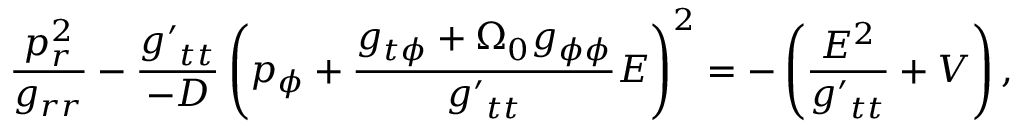
\frac { p _ { r } ^ { 2 } } { g _ { r r } } - \frac { { g ^ { \prime } } _ { t t } } { - \cal D } \left( p _ { \phi } + \frac { g _ { t \phi } + \Omega _ { 0 } g _ { \phi \phi } } { { g ^ { \prime } } _ { t t } } E \right) ^ { 2 } = - \left( \frac { E ^ { 2 } } { { g ^ { \prime } } _ { t t } } + V \right) ,